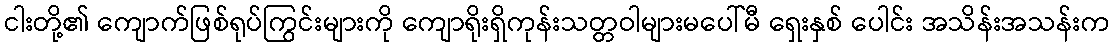
ငါးတို့၏ ကျောက်ဖြစ်ရုပ်ကြွင်းများကို ကျောရိုးရှိကုန်းသတ္တဝါများမပေါ်မီ ရှေးနှစ် ပေါင်း အသိန်းအသန်းက